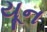
યૂન